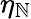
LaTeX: \eta_{\mathbb{N}}